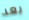
بعد